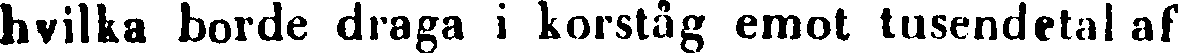
hvilka borde draga i korståg emot tusendetal af